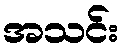
အသင်း